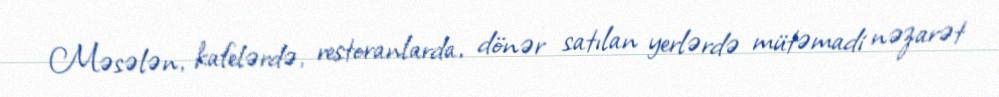
Məsələn, kafelərdə, restoranlarda, dönər satılan yerlərdə mütəmadi nəzarət